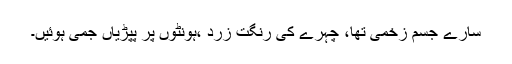
سارے جسم زخمی تھا، چہرے کی رنگت زرد ،ہونٹوں پر پپڑیاں جمی ہوئیں۔